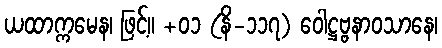
ယထာက္ကမေန၊ ဖြင့်။ +၀၁ (နိ-၁၁၇) ဝေါဋ္ဌဗ္ဗနာဝသာနေ၊